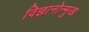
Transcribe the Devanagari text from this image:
विज्ञानोन्मुख